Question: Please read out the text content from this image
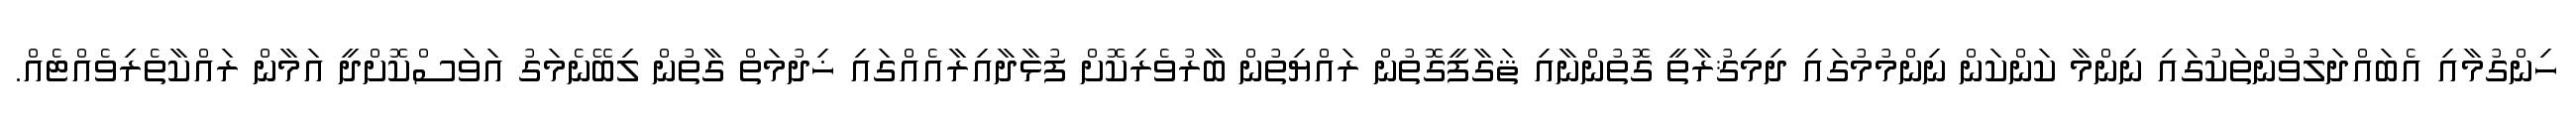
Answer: ހިންގުމާއި އެބައްދަލުވުންތަކުގައި ނިންމާ ކަންކަން ނިންމުމުގައި ދިމިޤުރާތީ ގޮތުންނާއި ޘަގާފީގޮތުން ރައްޔިތުން ބާރުވެރިކޮށް ފުޅާދާއިރާއެއްގައި ޚިދުމަތް ގާތުން ލިބޭނެމަގު އަވަސްކޮށްދީ އަމާން ރައްކާތެރިވެއްޓެއް.